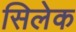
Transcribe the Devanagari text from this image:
सिलेक